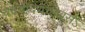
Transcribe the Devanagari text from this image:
यद्दीदयच्छवसऽ